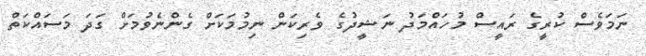
ނަމަވެސް ކުރީގެ ރައީސް މުހައްމަދު ނަޝީދުގެ ވެރިކަން ނިމުމަކަށް ގެންނެވުމަށް ގަދަ މަސައްކަތް